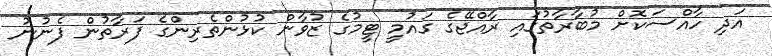
އަދި ހާއްސަކޮށް މުބާރާތުގައި ރާއްޖޭގެ ގައުމީ ޓީމުގެ ޒުވާން ކުޅުންތެރިންގެ ފަރާތުން ފެނުނު